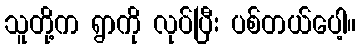
သူတို့က ရွာကို လုပ်ပြီး ပစ်တယ်ပေါ့။